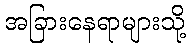
အခြားနေရာများသို့